画像に写った文字を読んでください
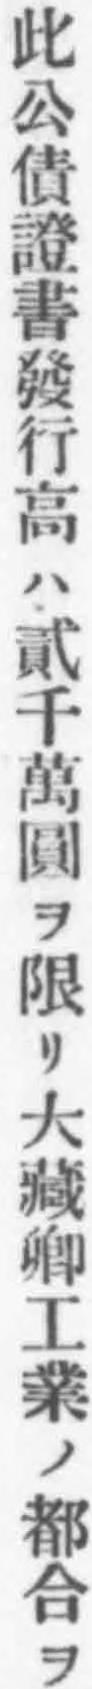
「此公債證書發行高ハ貳千萬圓ヲ限リ大藏卿工業ノ都合ヲ」と書いてあります